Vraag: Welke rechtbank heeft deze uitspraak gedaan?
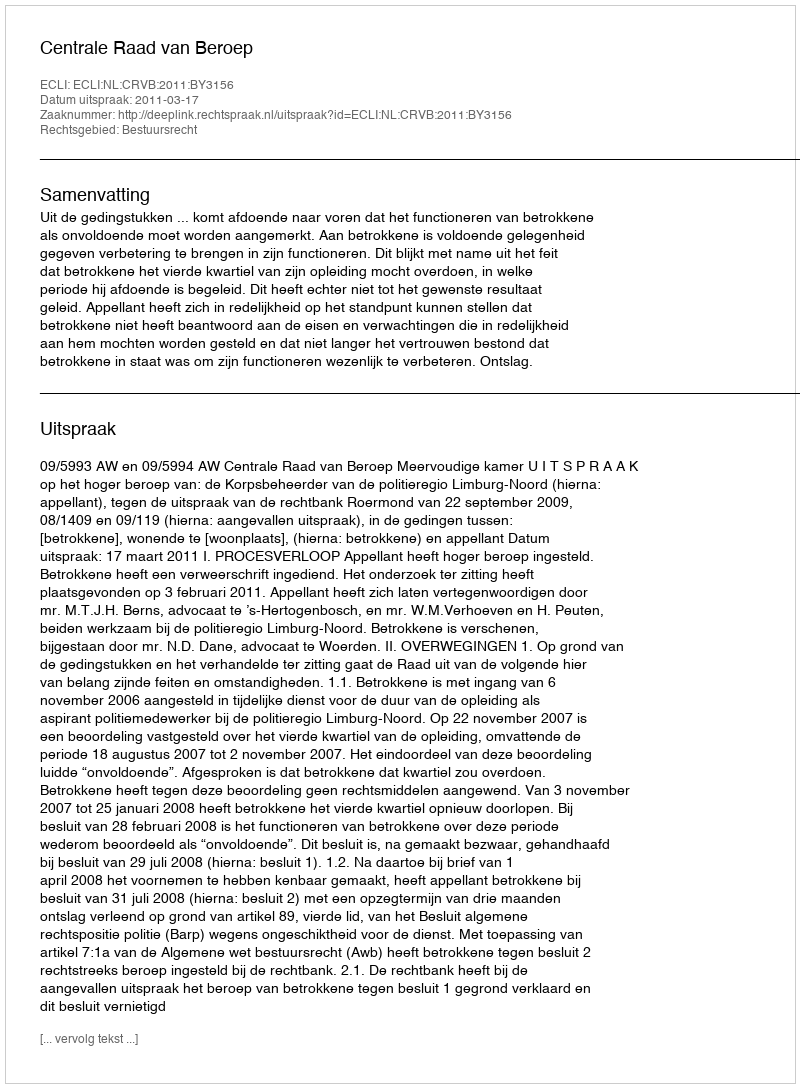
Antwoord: Centrale Raad van Beroep